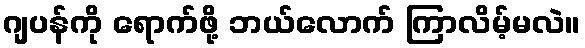
ဂျပန်ကို ရောက်ဖို့ ဘယ်လောက် ကြာလိမ့်မလဲ။